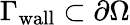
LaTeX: \Gamma_{\mathrm{wall}}\subset\partial\Omega